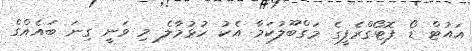
އައުޓް ޑޯ ފޮޓޯގްރެފީގެ މަގްބޫލުކަމާ އެކު ހުޅުމާލެ މި ވަނީ ގިނަ ބައެއްގެ